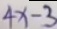
4 x - 3